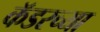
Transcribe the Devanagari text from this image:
कॅडरच्या